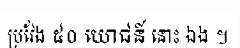
ប្រវែង ៥០ យោជន៍ នោះ ឯង ។